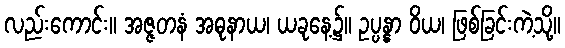
လည်းကောင်း။ အဇ္ဇတနံ အဓုနာယ၊ ယခုနေ့၌။ ဥပ္ပန္နာ ဝိယ၊ ဖြစ်ခြင်းကဲ့သို့။